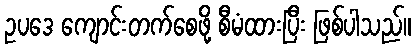
ဥပဒေ ကျောင်းတက်စေဖို့ စီမံထားပြီး ဖြစ်ပါသည်။